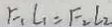
F _ { 1 } L _ { 1 } = F _ { 2 } L _ { 2 }